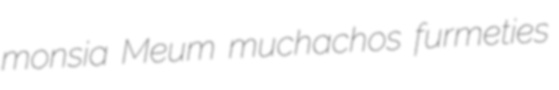
monsia Meum muchachos furmeties